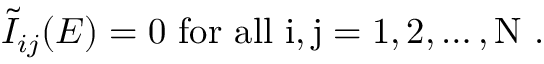
\tilde { \cal I } _ { i j } ( E ) = 0 \mathrm { ~ f o r ~ a l l ~ i , j = 1 , 2 , \ldots , N ~ } .